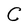
Character: C